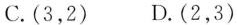
C.(3，2) D.(2，3)